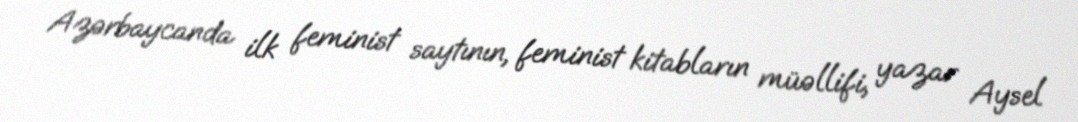
Azərbaycanda ilk feminist saytının, feminist kitabların müəllifi, yazar Aysel